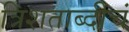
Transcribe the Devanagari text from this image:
त्रिशताब्दीचं